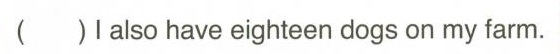
( )lalso have eighteen dogs on my farm.